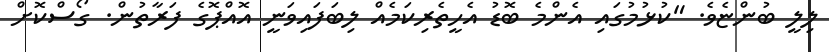
ލިލީ ބުންޏެވެ. "ކުޅުމުގައި އެންމެ ބޮޑު އެހީތެރިކަމެއް ލިބަފައިވަނީ އޮއްޕޮގެ ފަރާތުން. ގޯސްކޮށް